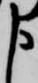
申